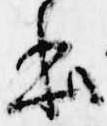
本